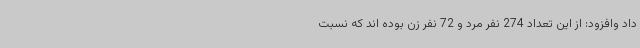
داد وافزود: از این تعداد 274 نفر مرد و 72 نفر زن بوده اند که نسبت